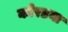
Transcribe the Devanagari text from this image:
कोरडया